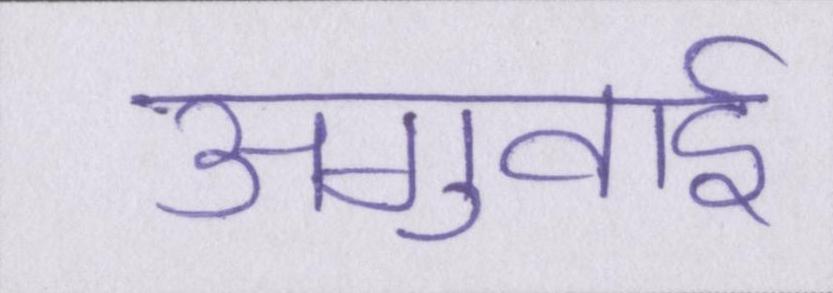
अगुवाई